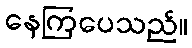
နေကြပေသည်။